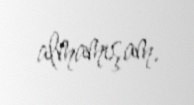
almamışam.